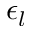
\epsilon _ { l }